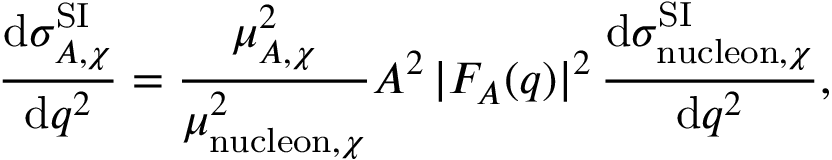
\frac { \mathrm { d } \sigma _ { A , \chi } ^ { \mathrm { S I } } } { \mathrm { d } q ^ { 2 } } = \frac { \mu _ { A , \chi } ^ { 2 } } { \mu _ { \mathrm { n u c l e o n } , \chi } ^ { 2 } } A ^ { 2 } \, | F _ { A } ( q ) | ^ { 2 } \, \frac { \mathrm { d } \sigma _ { \mathrm { n u c l e o n } , \chi } ^ { \mathrm { S I } } } { \mathrm { d } q ^ { 2 } } ,